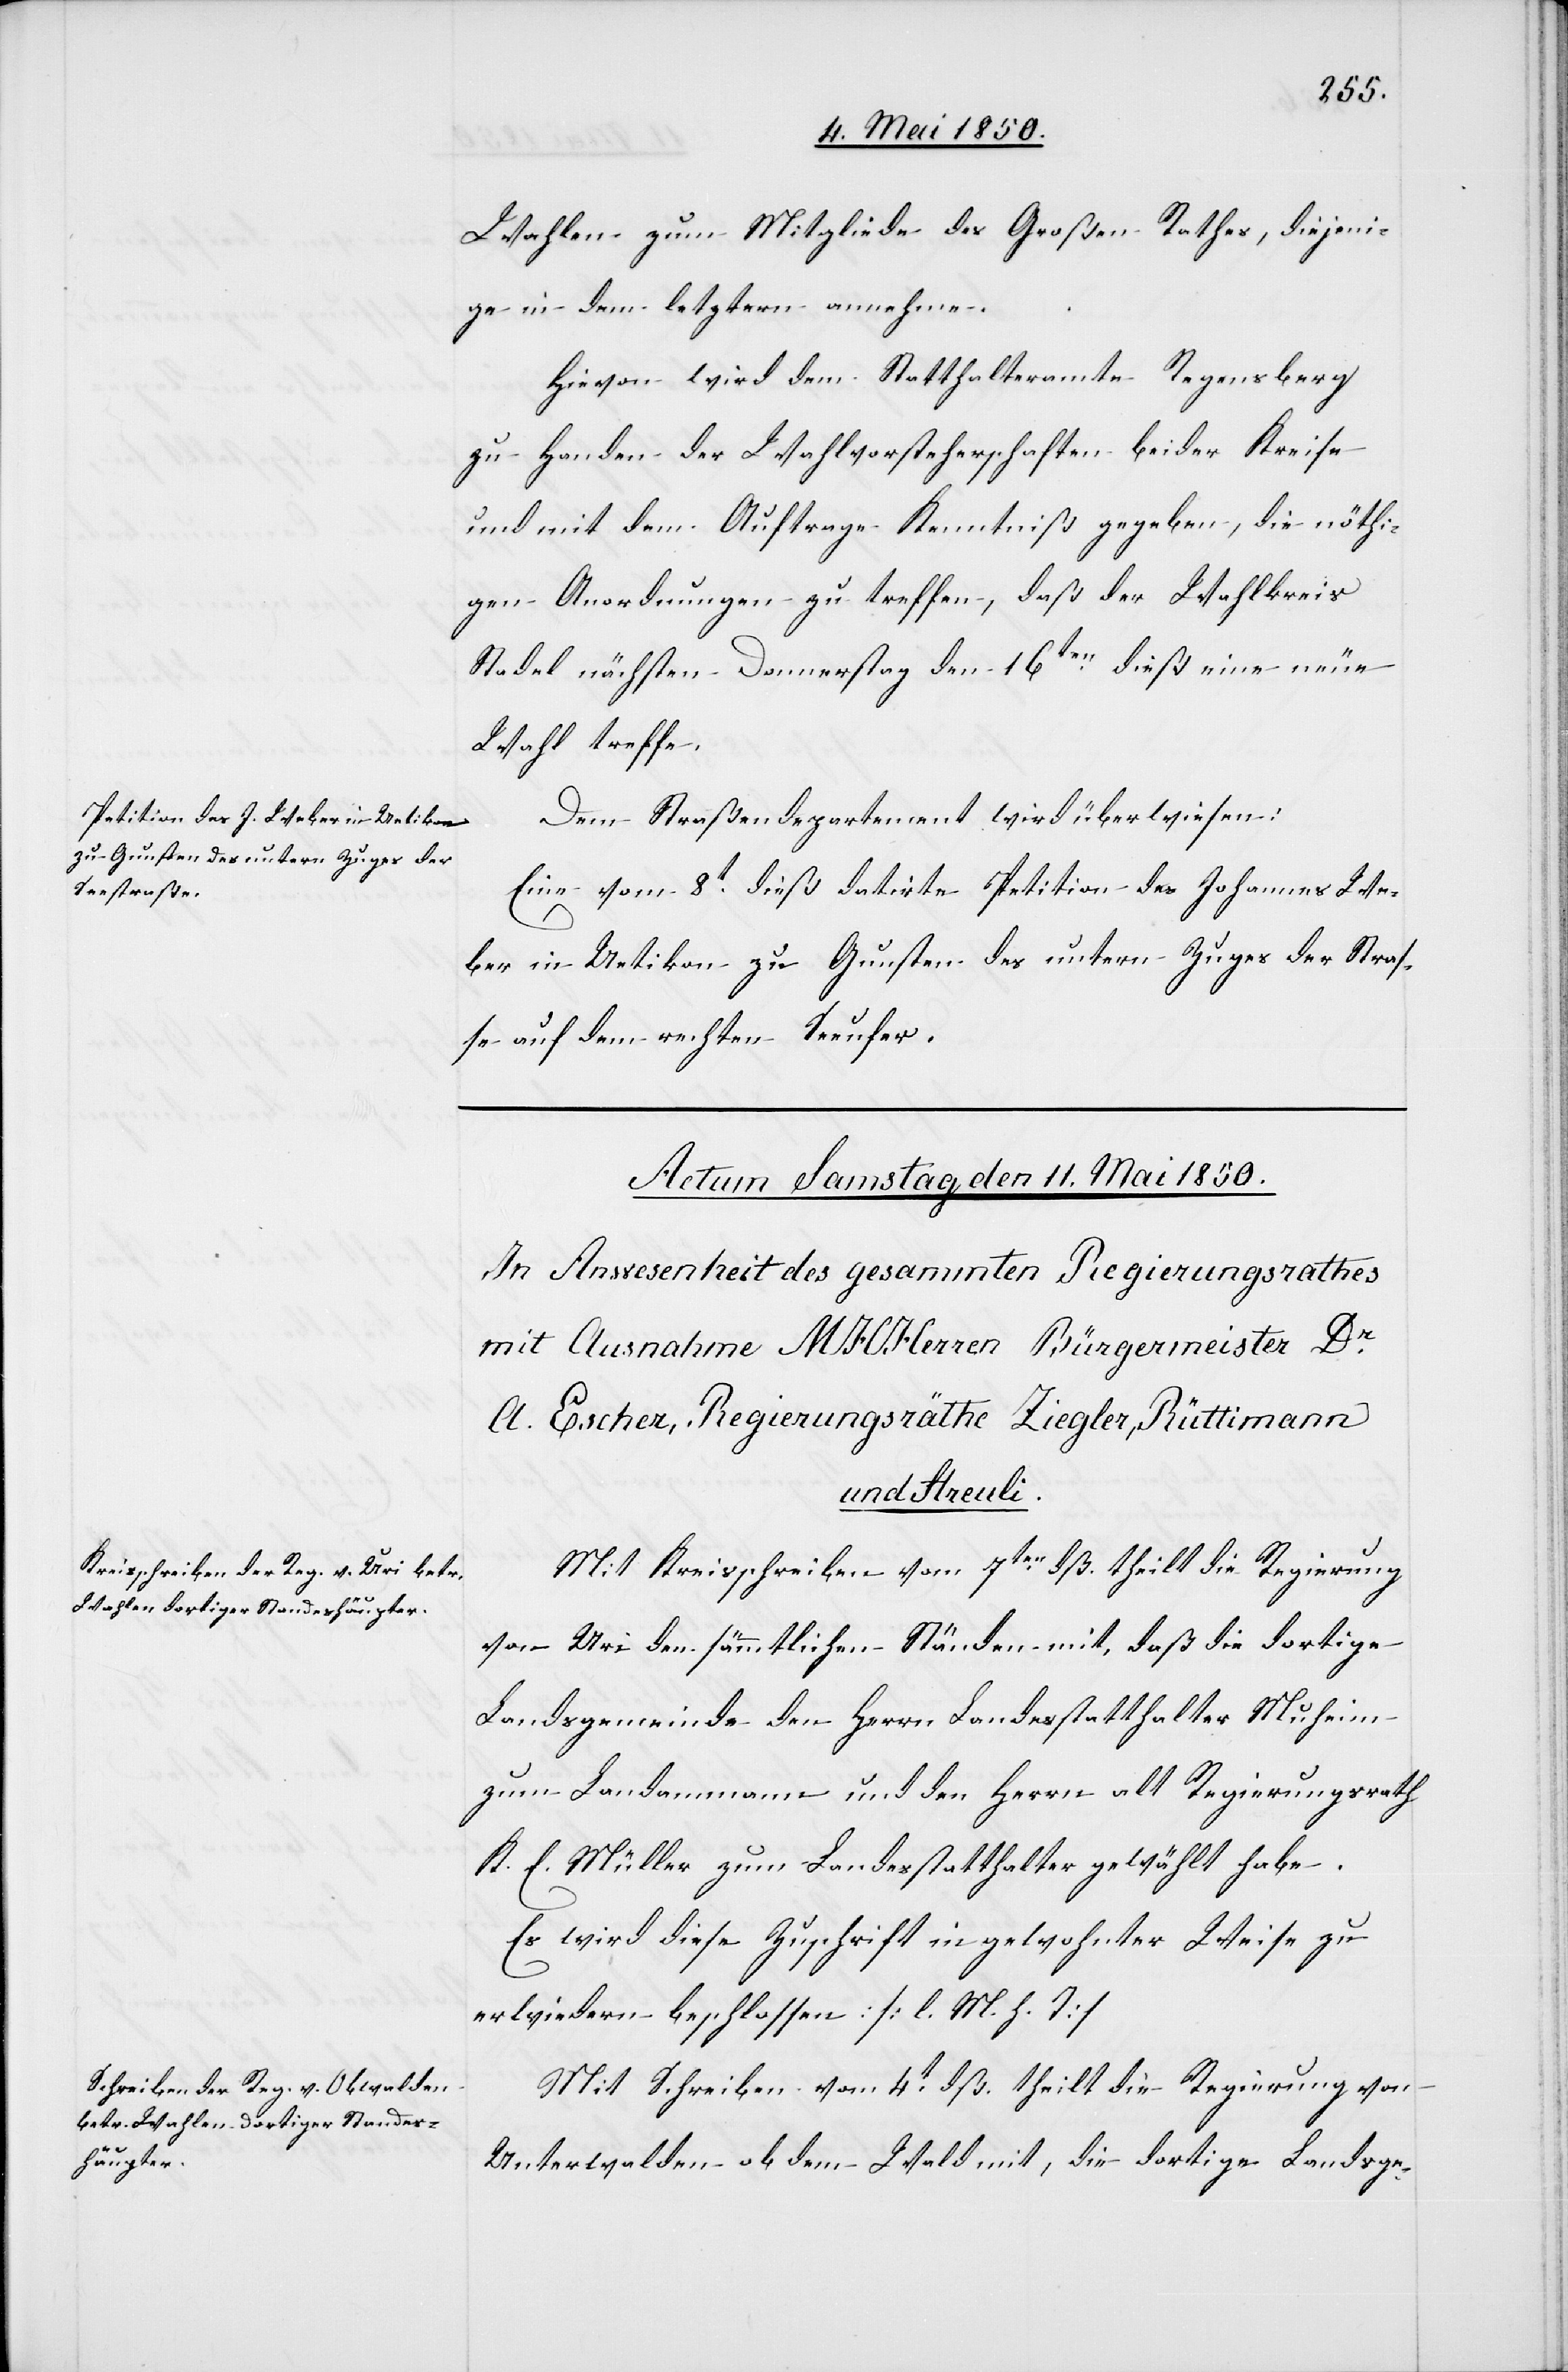
Wahlen zum Mitgliede des Großen Rathes, diejeni¬
ge in dem letztern annehme.
Hievon wird dem Statthalteramte Regensberg
zu Handen der Wahlvorsteherschaften beider Kreise
und mit dem Auftrage Kenntniß gegeben, die nöthi¬
gen Anordnungen zu treffen, daß der Wahlkreis
Stadel nächsten Donnerstag den 16ten dieß eine neue
Wahl treffe.
Dem Straßendepartement wird überwiesen:
Eine vom 8t dieß datirte Petition des Johannes We¬
ber in Uetikon zu Gunsten des untern Zuges der Straß¬
e auf dem rechten Seeufer.
Mit Kreisschreiben vom 7ten dß. theilt die Regierung
von Uri den sämmtlichen Ständen mit, daß die dortige
Landsgemeinde den Herrn Landesstatthalter Muheim
zum Landammann und den Herrn alt Regierungsrath
K. E. Müller zum Landesstatthalter gewählt habe.
Es wird diese Zuschrift in gewohnter Weise zu
erwiedern beschlossen: [l. M. h. T]
Mit Schreiben vom 4t dß. theilt die Regierung von
Unterwalden ob dem Wald mit, die dortige Landsge-